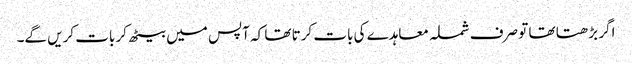
اگر بڑھتا تھا تو صرف شملہ معاہدے کی بات کرتا تھا کہ آپس میں بیٹھ کر بات کریں گے۔